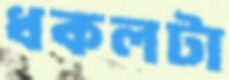
ধকলটা